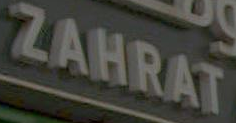
ZAHRAT